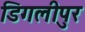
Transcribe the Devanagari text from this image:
डिगलीपुर